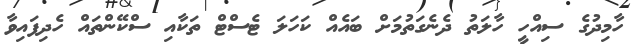
ހާމިދުގެ ސިއްހީ ހާލަތު ދެނެގަތުމަށް ބައެއް ކަހަލަ ޓެސްޓް ތަކާއި ސްކޭންތައް ހެދިފައިވާ